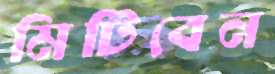
মিটিবেন